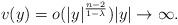
LaTeX: \begin{align*}v(y) = o(|y|^{\frac{n-2}{1-\lambda}}) |y|\to\infty.\end{align*}